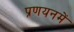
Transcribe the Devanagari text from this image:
प्रणयनमें